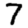
Digit: 7